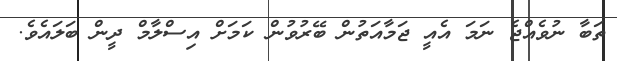
ތަބާ ނުވެއްޖެ ނަމަ އެއީ ޖަމާއަތުން ބޭރުވުން ކަމަށް އިސްލާމް ދީން ބަލައެވެ.